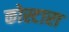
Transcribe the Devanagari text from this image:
कोस्‍टारा